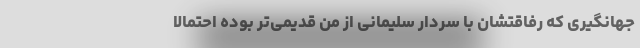
جهانگیری که رفاقتشان با سردار سلیمانی از من قدیمی‌تر بوده احتمالا